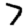
Digit: 7